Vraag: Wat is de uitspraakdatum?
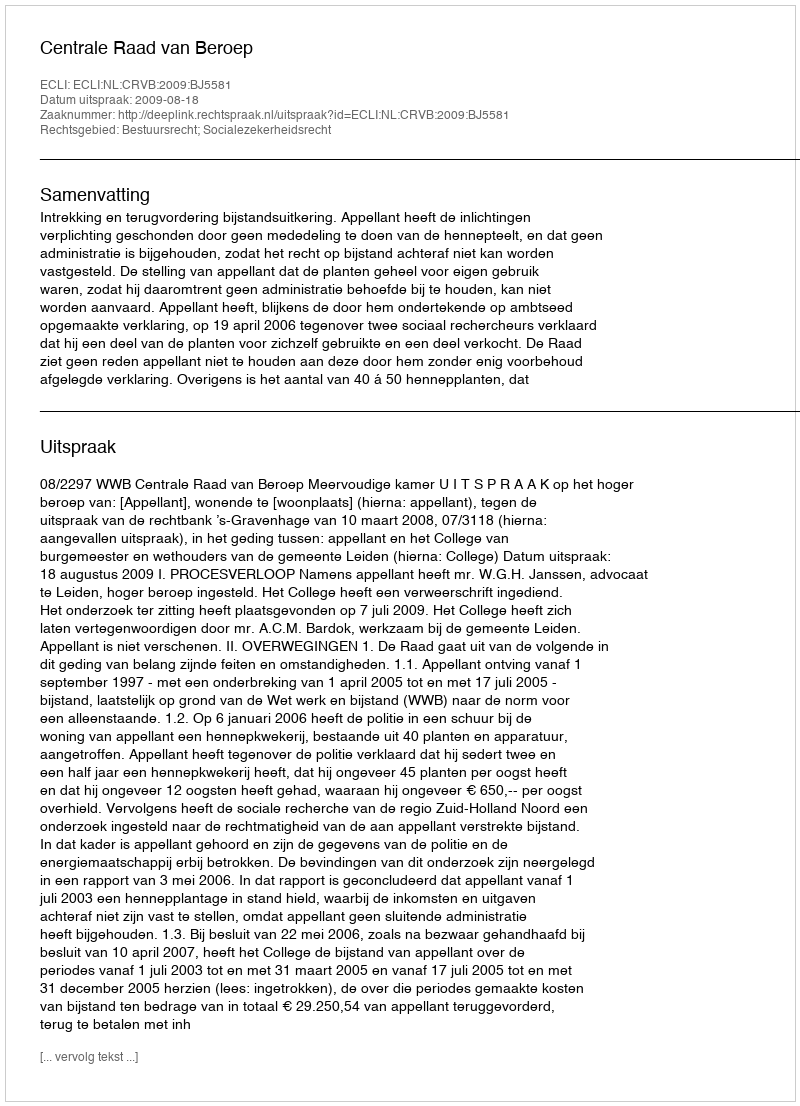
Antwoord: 2009-08-18